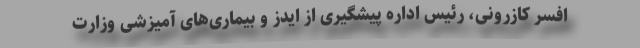
افسر کازرونی، رئیس اداره پیشگیری از ایدز و بیماری‌های آمیزشی وزارت